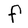
Character: f